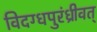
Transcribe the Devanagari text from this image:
विदग्धपुरंध्रीवत्